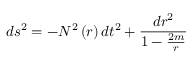
d s ^ { 2 } = - N ^ { 2 } \left( r \right) d t ^ { 2 } + \frac { d r ^ { 2 } } { 1 - \frac { 2 m } { r } }